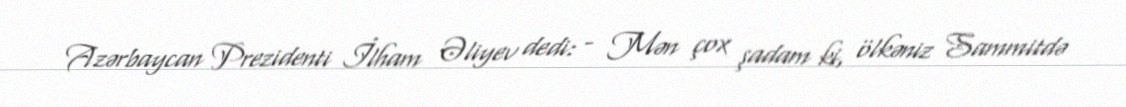
Azərbaycan Prezidenti İlham Əliyev dedi: - Mən çox şadam ki, ölkəniz Sammitdə